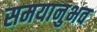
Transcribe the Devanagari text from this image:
समयानुभव